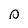
Character: s